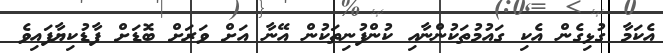
އެކަމާ ގުޅިގެން އެކި ގައުމުތަކުންނާއި ކުންފުނިތަކުން އޭނާ އަށް ވަރަށް ބޮޑަށް ފާޑުކިޔާފައިވެ